Indian Civil Veterinary Department memoirs
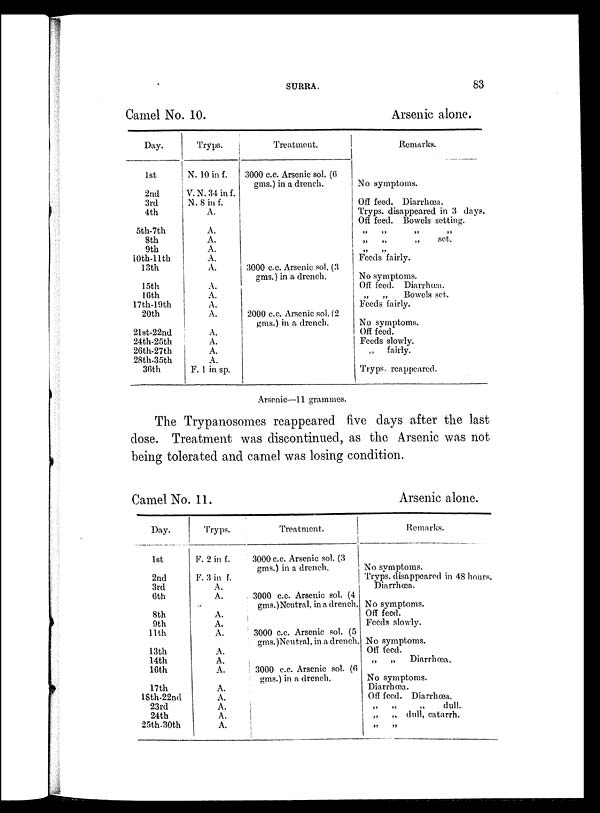
SURRA.
83
Camel No. 10.
Day.
1st
2nd
3rd
4th
5th-7th
8th
9th
10th-11th
13th
15th
16th
17th-19th
20th
21st-22nd
24th-25th
26th-27th
28th-35th
36th
Tryps.
N. 10 in f.
V.N. 34 in f.
N. 8 in f.
A.
A.
A.
A.
A.
A.
A.
A.
A.
A.
A.
A.
A.
A.
F. 1 in sp.
Treatment.
3000 c.c. Arsenic sol. (6
gms.) in a drench.
3000 c.c. Arsenic sol. (3
gms.) in a drench.
2000 c.c. Arsenic sol. (2
gms.) in a drench.
Arsenic alone.
Remarks.
No symptoms.
Off feed. Diarrhœa.
Tryps. disappeared in 3 days.
Off feed. Bowels setting.
„ „ „ „
„
„
„
set.
„ „
Feeds fairly.
No symptoms.
Off feed. Diarrhœa.
„
„
Bowels set.
Feeds fairly.
No symptoms.
Off feed.
Feeds slowly.
„ fairly.
Tryps. reappeared.
Arsenic—11 grammes.
The Trypanosomes reappeared five days after the last
dose. Treatment was discontinued, as the Arsenic was not
being tolerated and camel was losing condition.
Camel No. 11.
Day.
1st
2nd
3rd
6th
8th
9th
11th
13th
14th
16th
17th
18th-22nd
23rd
24th
25th-30th
Tryps.
F. 2 in f.
F. 3 in f.
A.
A.
A.
A.
A.
A.
A.
A.
A.
A.
A.
A.
A.
Treatment.
3000 c.c. Arsenic sol. (3
gms.) in a drench.
3000 c.c. Arsenic sol. (4
gms.)Neutral, in a drench.
3000 c.c. Arsenic sol. (5
gms.)Neutral, in a drench.
3000 c.c. Arsenic sol. (6
gms.) in a drench.
Arsenic alone.
Remarks.
No symptoms.
Tryps. disappeared in 48 hours.
Diarrhœa.
No symptoms.
Off feed.
Feeds slowly.
No symptoms.
Off feed.
„
„
Diarrhœa.
No symptoms.
Diarrhœa.
Off feed. Diarrhœa.
„
„
„
dull.
„
„ dull, catarrh.
„ „